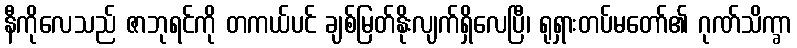
နီကိုလေသည် ဇာဘုရင်ကို တကယ်ပင် ချစ်မြတ်နိုးလျက်ရှိလေပြီ၊ ရုရှားတပ်မတော်၏ ဂုဏ်သိက္ခာ